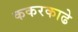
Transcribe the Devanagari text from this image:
ककरकाढे